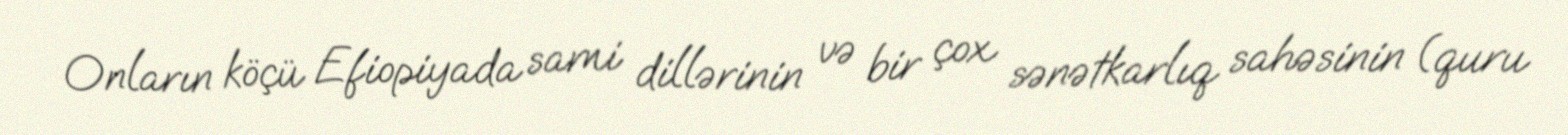
Onların köçü Efiopiyada sami dillərinin və bir çox sənətkarlıq sahəsinin (quru